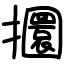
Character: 攌